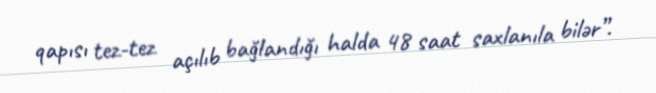
qapısı tez-tez açılıb bağlandığı halda 48 saat saxlanıla bilər”.